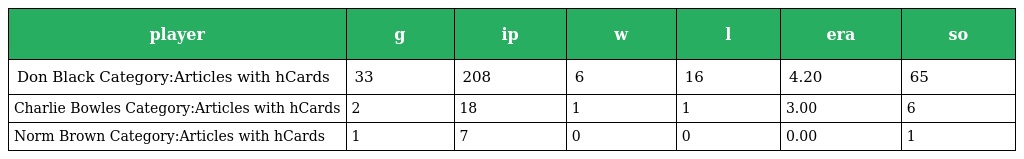
| player | g | ip | w | l | era | so |
 | --- | --- | --- | --- | --- | --- | --- |
 | Don Black Category:Articles with hCards | 33 | 208 | 6 | 16 | 4.20 | 65 |
 | Charlie Bowles Category:Articles with hCards | 2 | 18 | 1 | 1 | 3.00 | 6 |
 | Norm Brown Category:Articles with hCards | 1 | 7 | 0 | 0 | 0.00 | 1 |